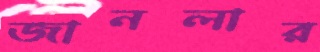
জানলার